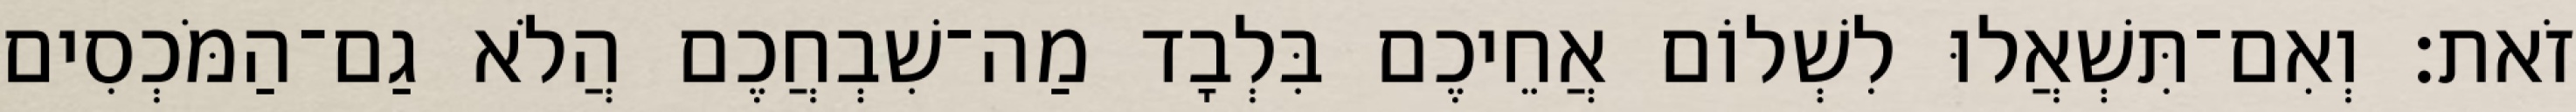
זֹאת׃ וְאִם־תִּשְׁאֲלוּ לִשְׁלוֹם אֲחֵיכֶם בִּלְבָד מַה־שִׁבְחֲכֶם הֲלֹא גַם־הַמֹּכְסִים